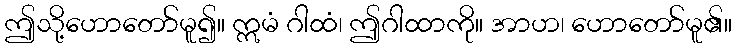
ဤသို့ဟောတော်မူ၍။ ဣမံ ဂါထံ၊ ဤဂါထာကို။ အာဟ၊ ဟောတော်မူ၏။